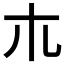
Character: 𣎳